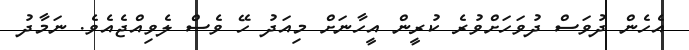
އެހެން ދުވަސް ދުވަހަށްވުރެ ކުރީން އީހާނަށް މިއަދު ހޭ ވެސް ލެވިއްޖެއެވެ. ނަމާދު